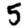
Digit: 5